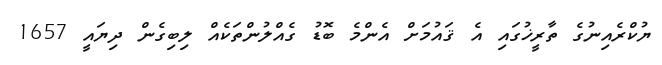
ޔުކްރެއިނުގެ ތާރީޚުގައި އެ ޤައުމަށް އެންމެ ބޮޑު ގެއްލުންތަކެއް ލިބިގެން ދިޔައީ 1657